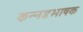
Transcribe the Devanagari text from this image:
कन्‍नडभाषक